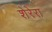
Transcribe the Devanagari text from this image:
शेरेरा